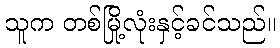
သူက တစ်မြို့လုံးနှင့်ခင်သည်။